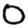
Digit: 0